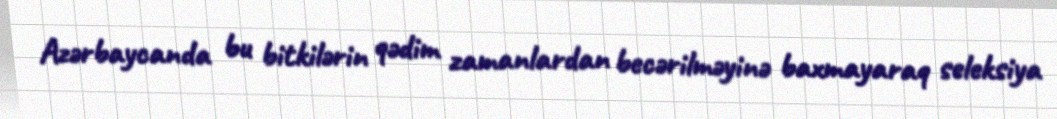
Azərbaycanda bu bitkilərin qədim zamanlardan becərilməyinə baxmayaraq seleksiya